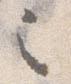
之